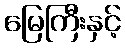
မြေကြီးနှင့်